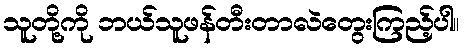
သူတို့ကို ဘယ်သူဖန်တီးတာလဲတွေးကြည့်ပါ။